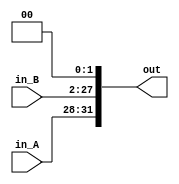
//
//inputin_A(A)
//       in_B(B)
//output:out()

module II(
    input [3:0] in_A,
    input [25:0] in_B,
    output [31:0] out
);
    assign out={in_A,in_B,2'b00};
endmodule